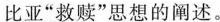
比亚“救赎”思想的阐述。